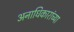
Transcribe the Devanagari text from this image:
अनाधिकारांच्या